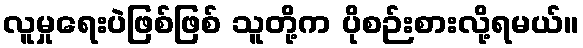
လူမှုရေးပဲဖြစ်ဖြစ် သူတို့က ပိုစဉ်းစားလို့ရမယ်။